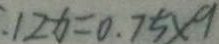
: 1 2 x = 0 . 7 5 \times 9